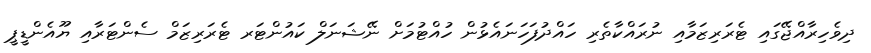
ދިވެހިރާއްޖޭގައި ޓެރަރިޒަމާއި ނުރައްކާތެރި ހައްދުފަހަނައެޅުން ހުއްޓުމަށް ނޭޝަނަލް ކައުންޓަރ ޓެރަރިޒަމް ސެންޓަރާއި ޔޫއެންޑީޕީ